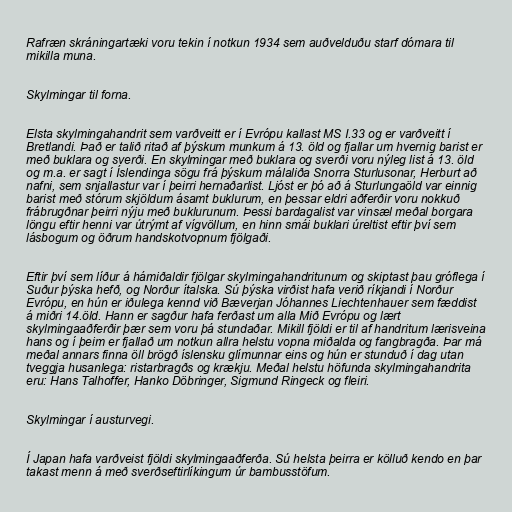
Rafræn skráningartæki voru tekin í notkun 1934 sem auðvelduðu starf dómara til
mikilla muna.

Skylmingar til forna.

Elsta skylmingahandrit sem varðveitt er í Evrópu kallast MS I.33 og er varðveitt í
Bretlandi. Það er talið ritað af þýskum munkum á 13. öld og fjallar um hvernig barist er
með buklara og sverði. En skylmingar með buklara og sverði voru nýleg list á 13. öld
og m.a. er sagt í Íslendinga sögu frá þýskum málaliða Snorra Sturlusonar, Herburt að
nafni, sem snjallastur var í þeirri hernaðarlist. Ljóst er þó að á Sturlungaöld var einnig
barist með stórum skjöldum ásamt buklurum, en þessar eldri aðferðir voru nokkuð
frábrugðnar þeirri nýju með buklurunum. Þessi bardagalist var vinsæl meðal borgara
löngu eftir henni var útrýmt af vígvöllum, en hinn smái buklari úreltist eftir því sem
lásbogum og öðrum handskotvopnum fjölgaði.

Eftir því sem líður á hámiðaldir fjölgar skylmingahandritunum og skiptast þau gróflega í
Suður þýska hefð, og Norður ítalska. Sú þýska virðist hafa verið ríkjandi í Norður
Evrópu, en hún er iðulega kennd við Bæverjan Jóhannes Liechtenhauer sem fæddist
á miðri 14.öld. Hann er sagður hafa ferðast um alla Mið Evrópu og lært
skylmingaaðferðir þær sem voru þá stundaðar. Mikill fjöldi er til af handritum lærisveina
hans og í þeim er fjallað um notkun allra helstu vopna miðalda og fangbragða. Þar má
meðal annars finna öll brögð íslensku glímunnar eins og hún er stunduð í dag utan
tveggja husanlega: ristarbragðs og krækju. Meðal helstu höfunda skylmingahandrita
eru: Hans Talhoffer, Hanko Döbringer, Sigmund Ringeck og fleiri.

Skylmingar í austurvegi.

Í Japan hafa varðveist fjöldi skylmingaaðferða. Sú helsta þeirra er kölluð kendo en þar
takast menn á með sverðseftirlíkingum úr bambusstöfum.